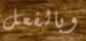
وبالفعل